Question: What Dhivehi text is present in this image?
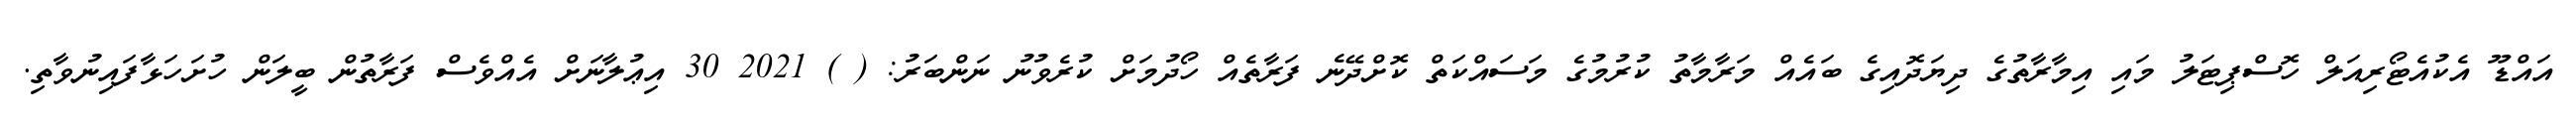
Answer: އައްޑޫ އެކުއެޓޯރިއަލް ހޮސްޕިޓަލު މައި އިމާރާތުގެ ދިޔަދޮއިގެ ބައެއް މަރާމާތު ކުރުމުގެ މަސައްކަތް ކޮށްދޭނެ ފަރާތެއް ހޯދުމަށް ކުރެވުނު ނަންބަރު: ( ) 2021 30 އިޢުލާނަށް އެއްވެސް ފަރާތުން ބީލަން ހުށަހަޅާފައިނުވާތި.